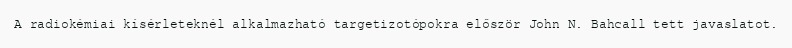
A radiokémiai kísérleteknél alkalmazható targetizotópokra először John N. Bahcall tett javaslatot.